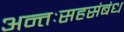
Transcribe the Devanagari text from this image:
अन्तःसहसंबंध